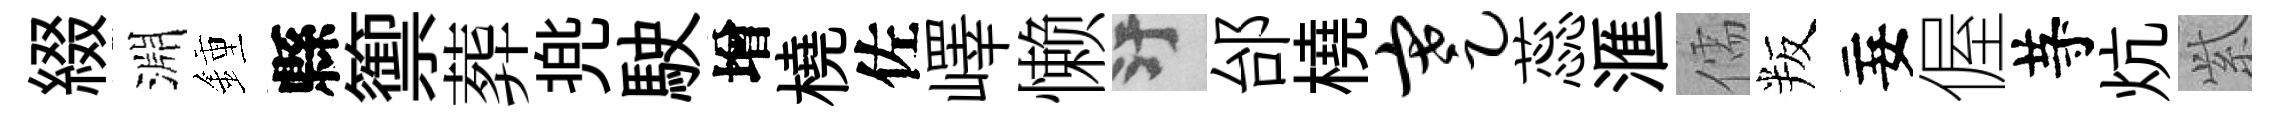
綴淵鍾縣籞葬兠駛增橈佐嶧懒污邰橈蹇蕊滙儒叛妄偓䒭炕𬗋